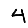
Digit: 4